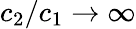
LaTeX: c_{2}/c_{1}\rightarrow\infty